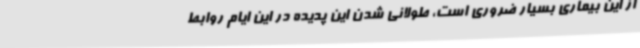
از این بیماری بسیار ضروری است، طولانی شدن این پدیده در این ایام روابط